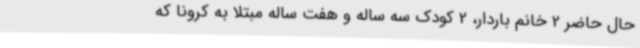
حال حاضر 2 خانم باردار، 2 کودک سه ساله و هفت ساله مبتلا به کرونا که